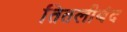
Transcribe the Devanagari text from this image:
तितलीबंद